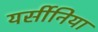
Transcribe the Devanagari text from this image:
यर्सीनिया